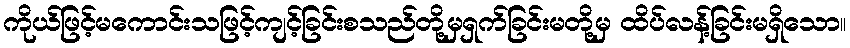
ကိုယ်ဖြင့်မကောင်းသဖြင့်ကျင့်ခြင်းစသည်တို့မှရှက်ခြင်းမတို့မှ ထိပ်လန့်ခြင်းမရှိသော။